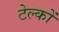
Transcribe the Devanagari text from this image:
टेल्कों